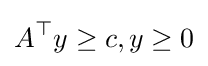
A^{\top }y\geq c,y\geq 0